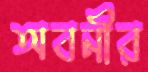
অবনীর